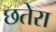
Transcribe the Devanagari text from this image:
छतेरा